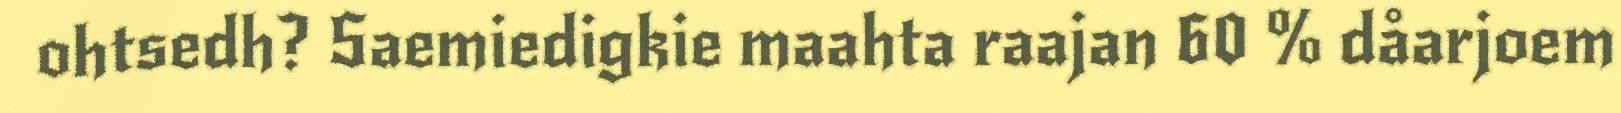
ohtsedh? Saemiedigkie maahta raajan 60 % dåarjoem